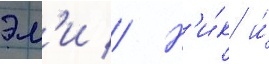
эм'и // Н'и́к и́